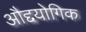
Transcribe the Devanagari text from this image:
औद्दयोगिक